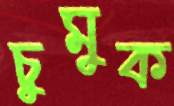
চুমুক